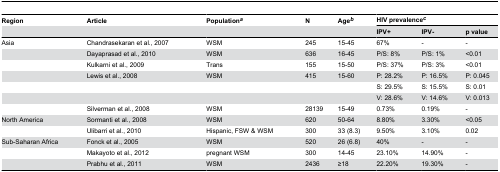
<table><thead><tr><td><b>Region</b></td><td><b>Article</b></td><td><b>Population<sup><i>a</i></sup></b></td><td><b>N</b></td><td><b>Age<sup><i>b</i></sup></b></td><td colspan="3"><b>HIV prevalence<sup><i>c</i></sup></b></td></tr><tr><td></td><td></td><td></td><td></td><td></td><td><b>IPV+</b></td><td><b>IPV-</b></td><td><b>p value</b></td></tr></thead><tbody><tr><td>Asia</td><td>Chandrasekaran et al., 2007</td><td>WSM</td><td>245</td><td>15-45</td><td>67%</td><td>-</td><td>-</td></tr><tr><td></td><td>Dayaprasad et al., 2010</td><td>WSM</td><td>636</td><td>16-45</td><td>P/S: 8%</td><td>P/S: 1%</td><td>&lt;0.01</td></tr><tr><td></td><td>Kulkarni et al., 2009</td><td>Trans</td><td>155</td><td>15-50</td><td>P/S: 37%</td><td>P/S: 3%</td><td>&lt;0.01</td></tr><tr><td></td><td>Lewis et al., 2008</td><td>WSM</td><td>415</td><td>15-60</td><td>P: 28.2%</td><td>P: 16.5%</td><td>P: 0.045</td></tr><tr><td></td><td></td><td></td><td></td><td></td><td>S: 29.5%</td><td>S: 15.5%</td><td>S: 0.01</td></tr><tr><td></td><td></td><td></td><td></td><td></td><td>V: 28.6%</td><td>V: 14.6%</td><td>V: 0.013</td></tr><tr><td></td><td>Silverman et al., 2008</td><td>WSM</td><td>28139</td><td>15-49</td><td>0.73%</td><td>0.19%</td><td>-</td></tr><tr><td>North America</td><td>Sormanti et al., 2008</td><td>WSM</td><td>620</td><td>50-64</td><td>8.80%</td><td>3.30%</td><td>&lt;0.05</td></tr><tr><td></td><td>Ulibarri et al., 2010</td><td>Hispanic, FSW &amp; WSM</td><td>300</td><td>33 (8.3)</td><td>9.50%</td><td>3.10%</td><td>0.02</td></tr><tr><td>Sub-Saharan Africa</td><td>Fonck et al., 2005</td><td>WSM</td><td>520</td><td>26 (6.8)</td><td>40%</td><td>-</td><td>-</td></tr><tr><td></td><td>Makayoto et al., 2012</td><td>pregnant WSM</td><td>300</td><td>14-45</td><td>23.10%</td><td>14.90%</td><td>-</td></tr><tr><td></td><td>Prabhu et al., 2011</td><td>WSM</td><td>2436</td><td>≥18</td><td>22.20%</td><td>19.30%</td><td>-</td></tr></tbody></table>